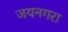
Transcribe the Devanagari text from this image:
जयनगरा